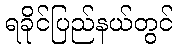
ရခိုင်ပြည်နယ်တွင်